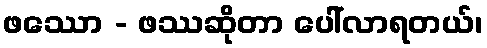
ဖဿော - ဖဿဆိုတာ ပေါ်လာရတယ်၊